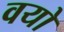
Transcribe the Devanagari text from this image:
वयो